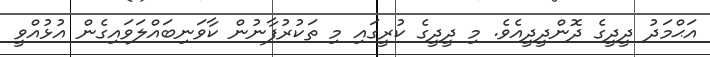
އަޙްމަދު ދީދީގެ ދޮންދީދީއެވެ. މި ދީދީގެ ކުރީގައި މި ތަކުރުފާނުން ކާވަނިބައްލަވައިގެން އުޅުއްވީ